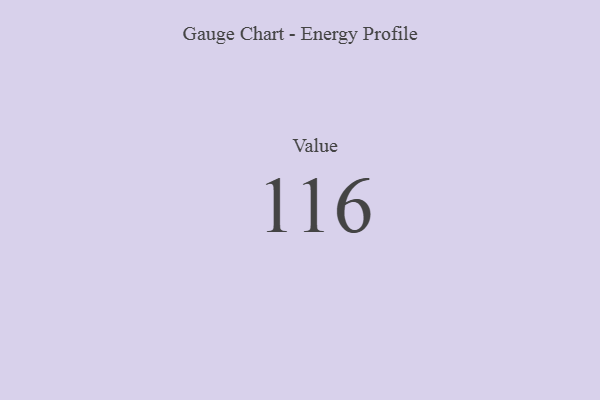
{"axis": {"x": "Metric", "y": "Value"}, "legend": [""], "data": [{"x": "Value", "y": 116, "type": ""}]}